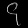
Digit: ၄